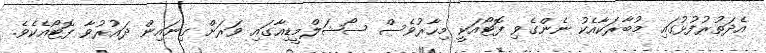
އެދަތުރުފުޅުގައި މުބާރަކާއެކު ނެންގެވި ފޮޓޯއަކީ މިހާރުވެސް ސޯޝަލްމީޑިއާގައި ވަރަށް ގިނައިން ދައުރުވާ ފޮޓޯއެކެވެ.